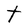
Character: T